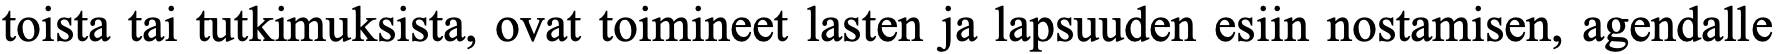
toista tai tutkimuksista, ovat toimineet lasten ja lapsuuden esiin nostamisen, agendalle